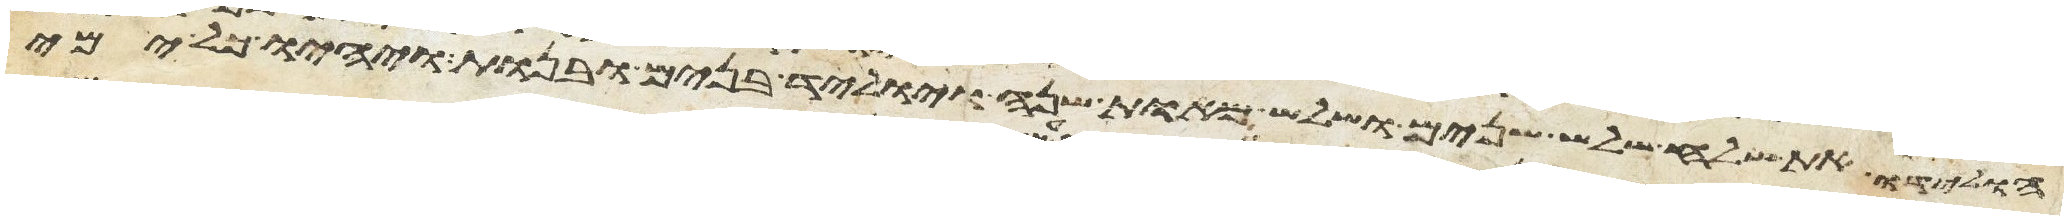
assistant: הולידו את שלח שלש שנים ושלש מאות שנה ויוליד בנים ובנות ויהיו כל ימי